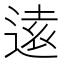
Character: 逺